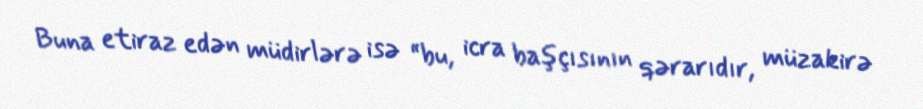
Buna etiraz edən müdirlərə isə “bu, icra başçısının qərarıdır, müzakirə